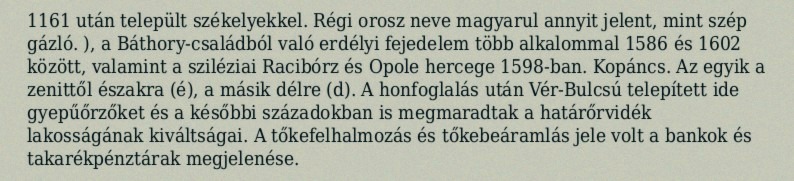
1161 után települt székelyekkel. Régi orosz neve magyarul annyit jelent, mint szép gázló. ), a Báthory-családból való erdélyi fejedelem több alkalommal 1586 és 1602 között, valamint a sziléziai Racibórz és Opole hercege 1598-ban. Kopáncs. Az egyik a zenittől északra (é), a másik délre (d). A honfoglalás után Vér-Bulcsú telepített ide gyepűőrzőket és a későbbi századokban is megmaradtak a határőrvidék lakosságának kiváltságai. A tőkefelhalmozás és tőkebeáramlás jele volt a bankok és takarékpénztárak megjelenése.